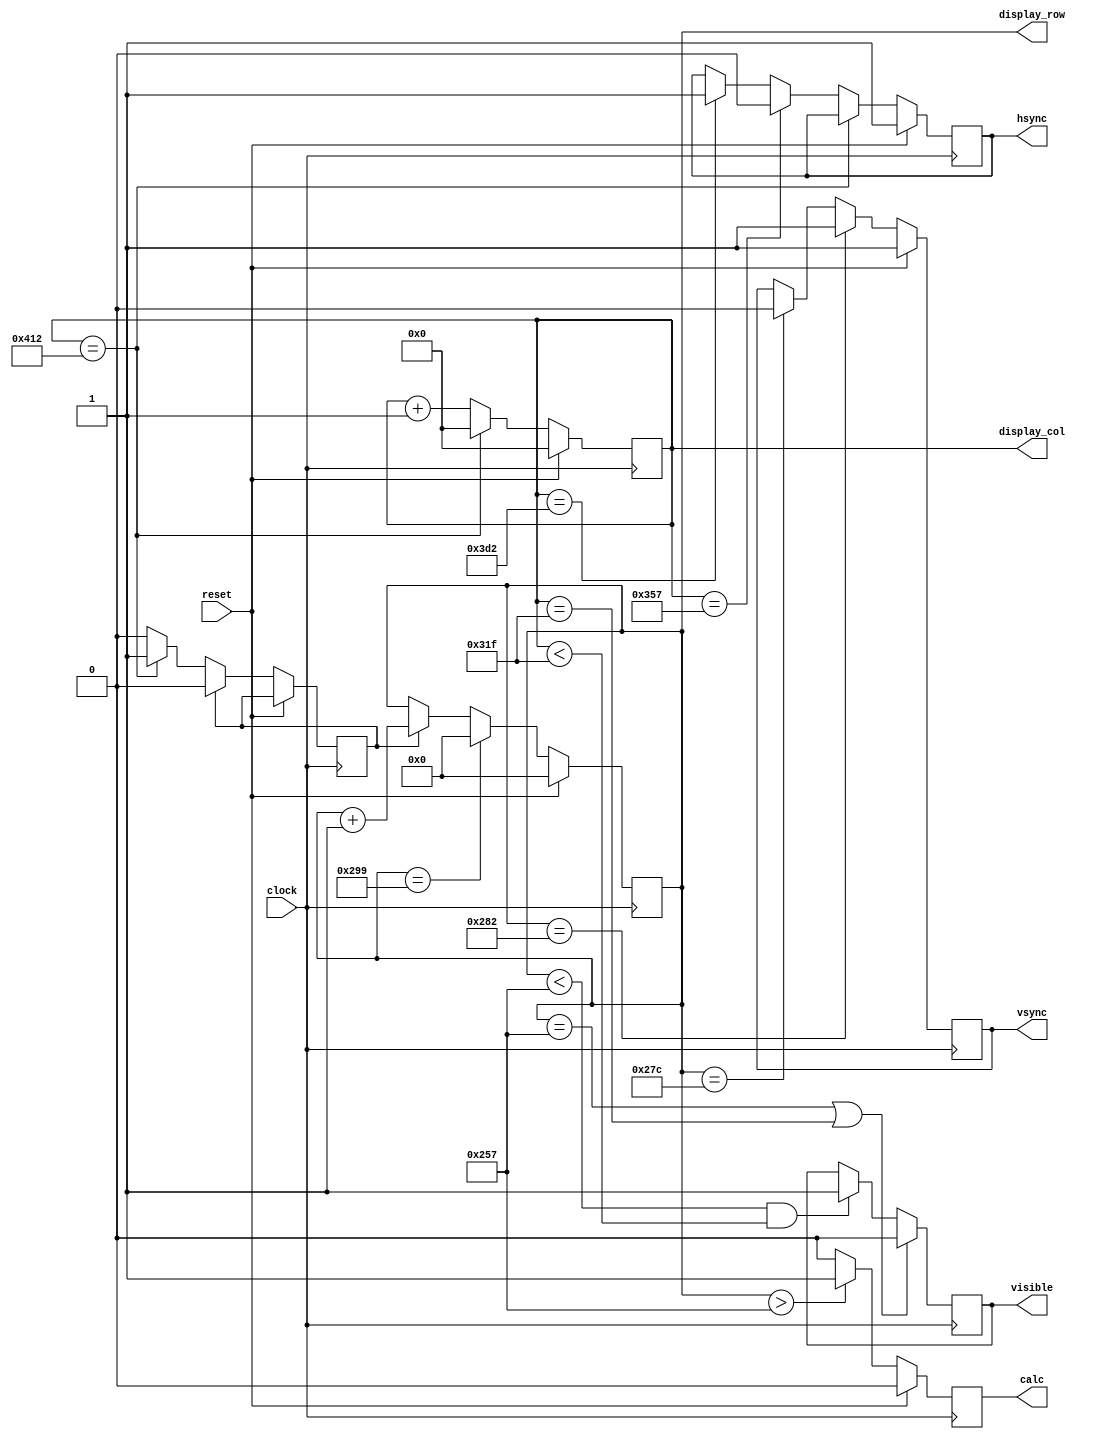
module vga_controller(clock, reset, display_col, display_row, visible, hsync, vsync, calc);

	// 72 Hz 800 x 600 VGA - 50MHz clock

	parameter HOR_FIELD = 799;
	parameter HOR_STR_SYNC = 855;
	parameter HOR_STP_SYNC = 978;
	parameter HOR_TOTAL = 1042;
	parameter VER_FIELD = 599;
	parameter VER_STR_SYNC = 636;
	parameter VER_STP_SYNC = 642;
	parameter VER_TOTAL= 665;

	input clock;
	input reset;

	output reg [11:0] display_col;
	output reg [10:0] display_row;
	output reg visible;
	output reg hsync, vsync;
    output reg calc;

	reg line_start_pulse;

    always @(posedge clock) begin
        if (reset) begin
            calc = 0;
        end else begin
            if (display_row > VER_FIELD) begin
                calc = 1;
            end else begin
                calc = 0;
            end
        end
    end

	always @(posedge clock) begin
		if (reset) begin
			display_col = 0;
			display_row = 0;
			hsync = 1;
			vsync = 1;
		end else begin
			display_col <= display_col + 1;

			if (display_col == HOR_TOTAL) begin
				line_start_pulse <= 1;
				display_col <= 0;
			end else if (display_col == HOR_STR_SYNC) begin
				hsync <= 0;
			end else if (display_col == HOR_STP_SYNC) begin
				hsync <= 1;
			end

			if (line_start_pulse == 1) begin
				line_start_pulse <= 0;
				display_row <= display_row + 1;
			end

			if(display_row == VER_TOTAL) begin
				display_row <= 0;
			end if(display_row == VER_STR_SYNC) begin
				vsync <= 0;
			end if(display_row == VER_STP_SYNC) begin
				vsync <= 1;
			end
		end
	end

	always @(posedge clock) begin
		if (display_row == VER_FIELD || display_col == HOR_FIELD) begin
			visible <= 0;
		end else if (display_row < VER_FIELD && display_col < HOR_FIELD) begin
			visible <= 1;
		end
	end
endmodule